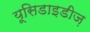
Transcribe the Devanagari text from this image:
यूसिडाइडीज़